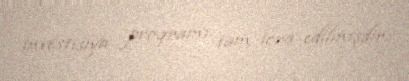
investisiya proqramı tam icra edilmişdir.